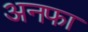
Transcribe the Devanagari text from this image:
अनफा